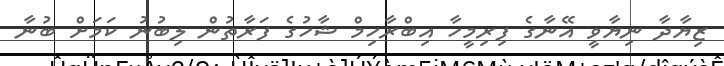
ޒިޔާދާ ނިޔާވީ އޭނާގެ ފިރިމީހާ އިބްރާހިމް ޝާހުގެ ފަރާތުން ލިބުނު ކަމަށް ބުނާ